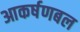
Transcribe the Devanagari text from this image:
आकर्षणबल